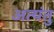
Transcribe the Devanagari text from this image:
अत्यंतु